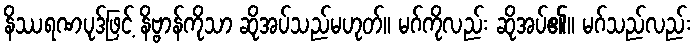
နိဿရဏပုဒ်ဖြင့် နိဗ္ဗာန်ကိုသာ ဆိုအပ်သည်မဟုတ်။ မဂ်ကိုလည်း ဆိုအပ်၏။ မဂ်သည်လည်း